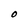
Character: O